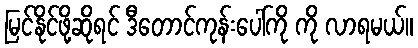
မြင်နိုင်ဖို့ဆိုရင် ဒီတောင်ကုန်းပေါ်ကို ကို လာရမယ်။